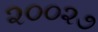
૨૦૦૨૭